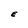
Character: E